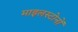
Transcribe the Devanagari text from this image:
माइलस्टोनों